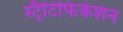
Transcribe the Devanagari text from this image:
स्ट्रैटिफिकेशन